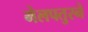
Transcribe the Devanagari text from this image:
मेलपतुरने